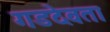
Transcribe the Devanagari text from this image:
गडदेवता